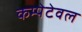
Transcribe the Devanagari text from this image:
कम्पेटेवल